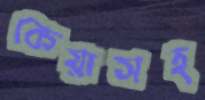
কেয়াসহ